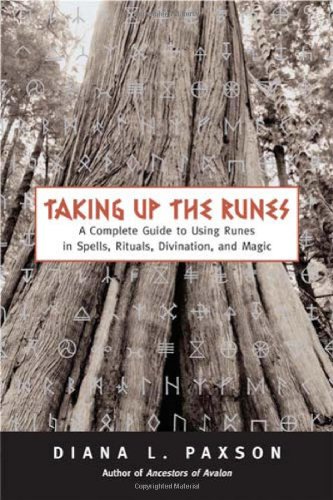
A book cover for Taking Up The Runes: A Complete Guide To Using Runes In Spells, Rituals, Divination, And Magic; Diana L Paxson; Religion & Spirituality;